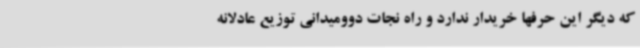
که دیگر این حرفها خریدار ندارد و راه نجات دوومیدانی توزیع عادلانه